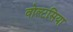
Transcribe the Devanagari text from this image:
वोल्टसिया